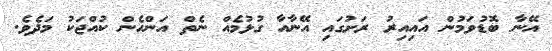
އޭނާ ބޮޑުވަމުން އައިއިރު ރަށުގައި އޭނާއާ ގުޅުމެއް ނެތް އަންހެން ކުއްޖަކު މަދެވެ.